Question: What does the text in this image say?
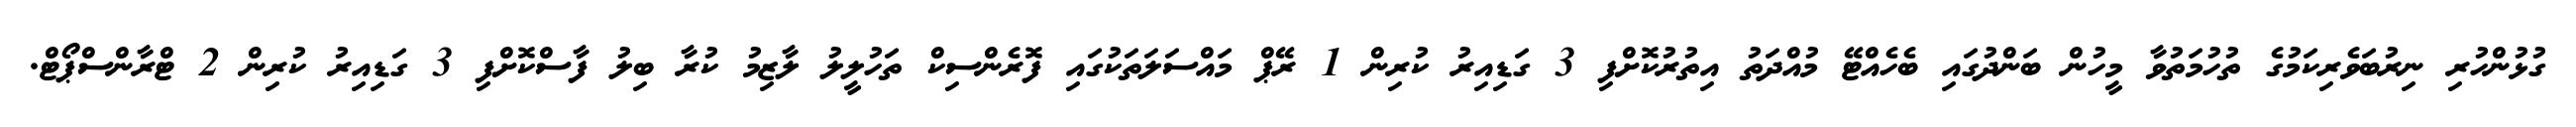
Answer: ގުޅުންހުރި ނިރުބަވެރިކަމުގެ ތުހުމަތުވާ މީހުން ބަންދުގައި ބެހެއްޓޭ މުއްދަތު އިތުރުކޮށްފި 3 ގަޑިއިރު ކުރިން 1 ރޭޕް މައްސަލަތަކުގައި ފޮރެންސިކް ތަހުލީލު ލާޒިމު ކުރާ ބިލު ފާސްކޮށްފި 3 ގަޑިއިރު ކުރިން 2 ޓްރާންސްޕޯޓް.